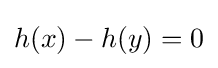
h(x)-h(y)=0